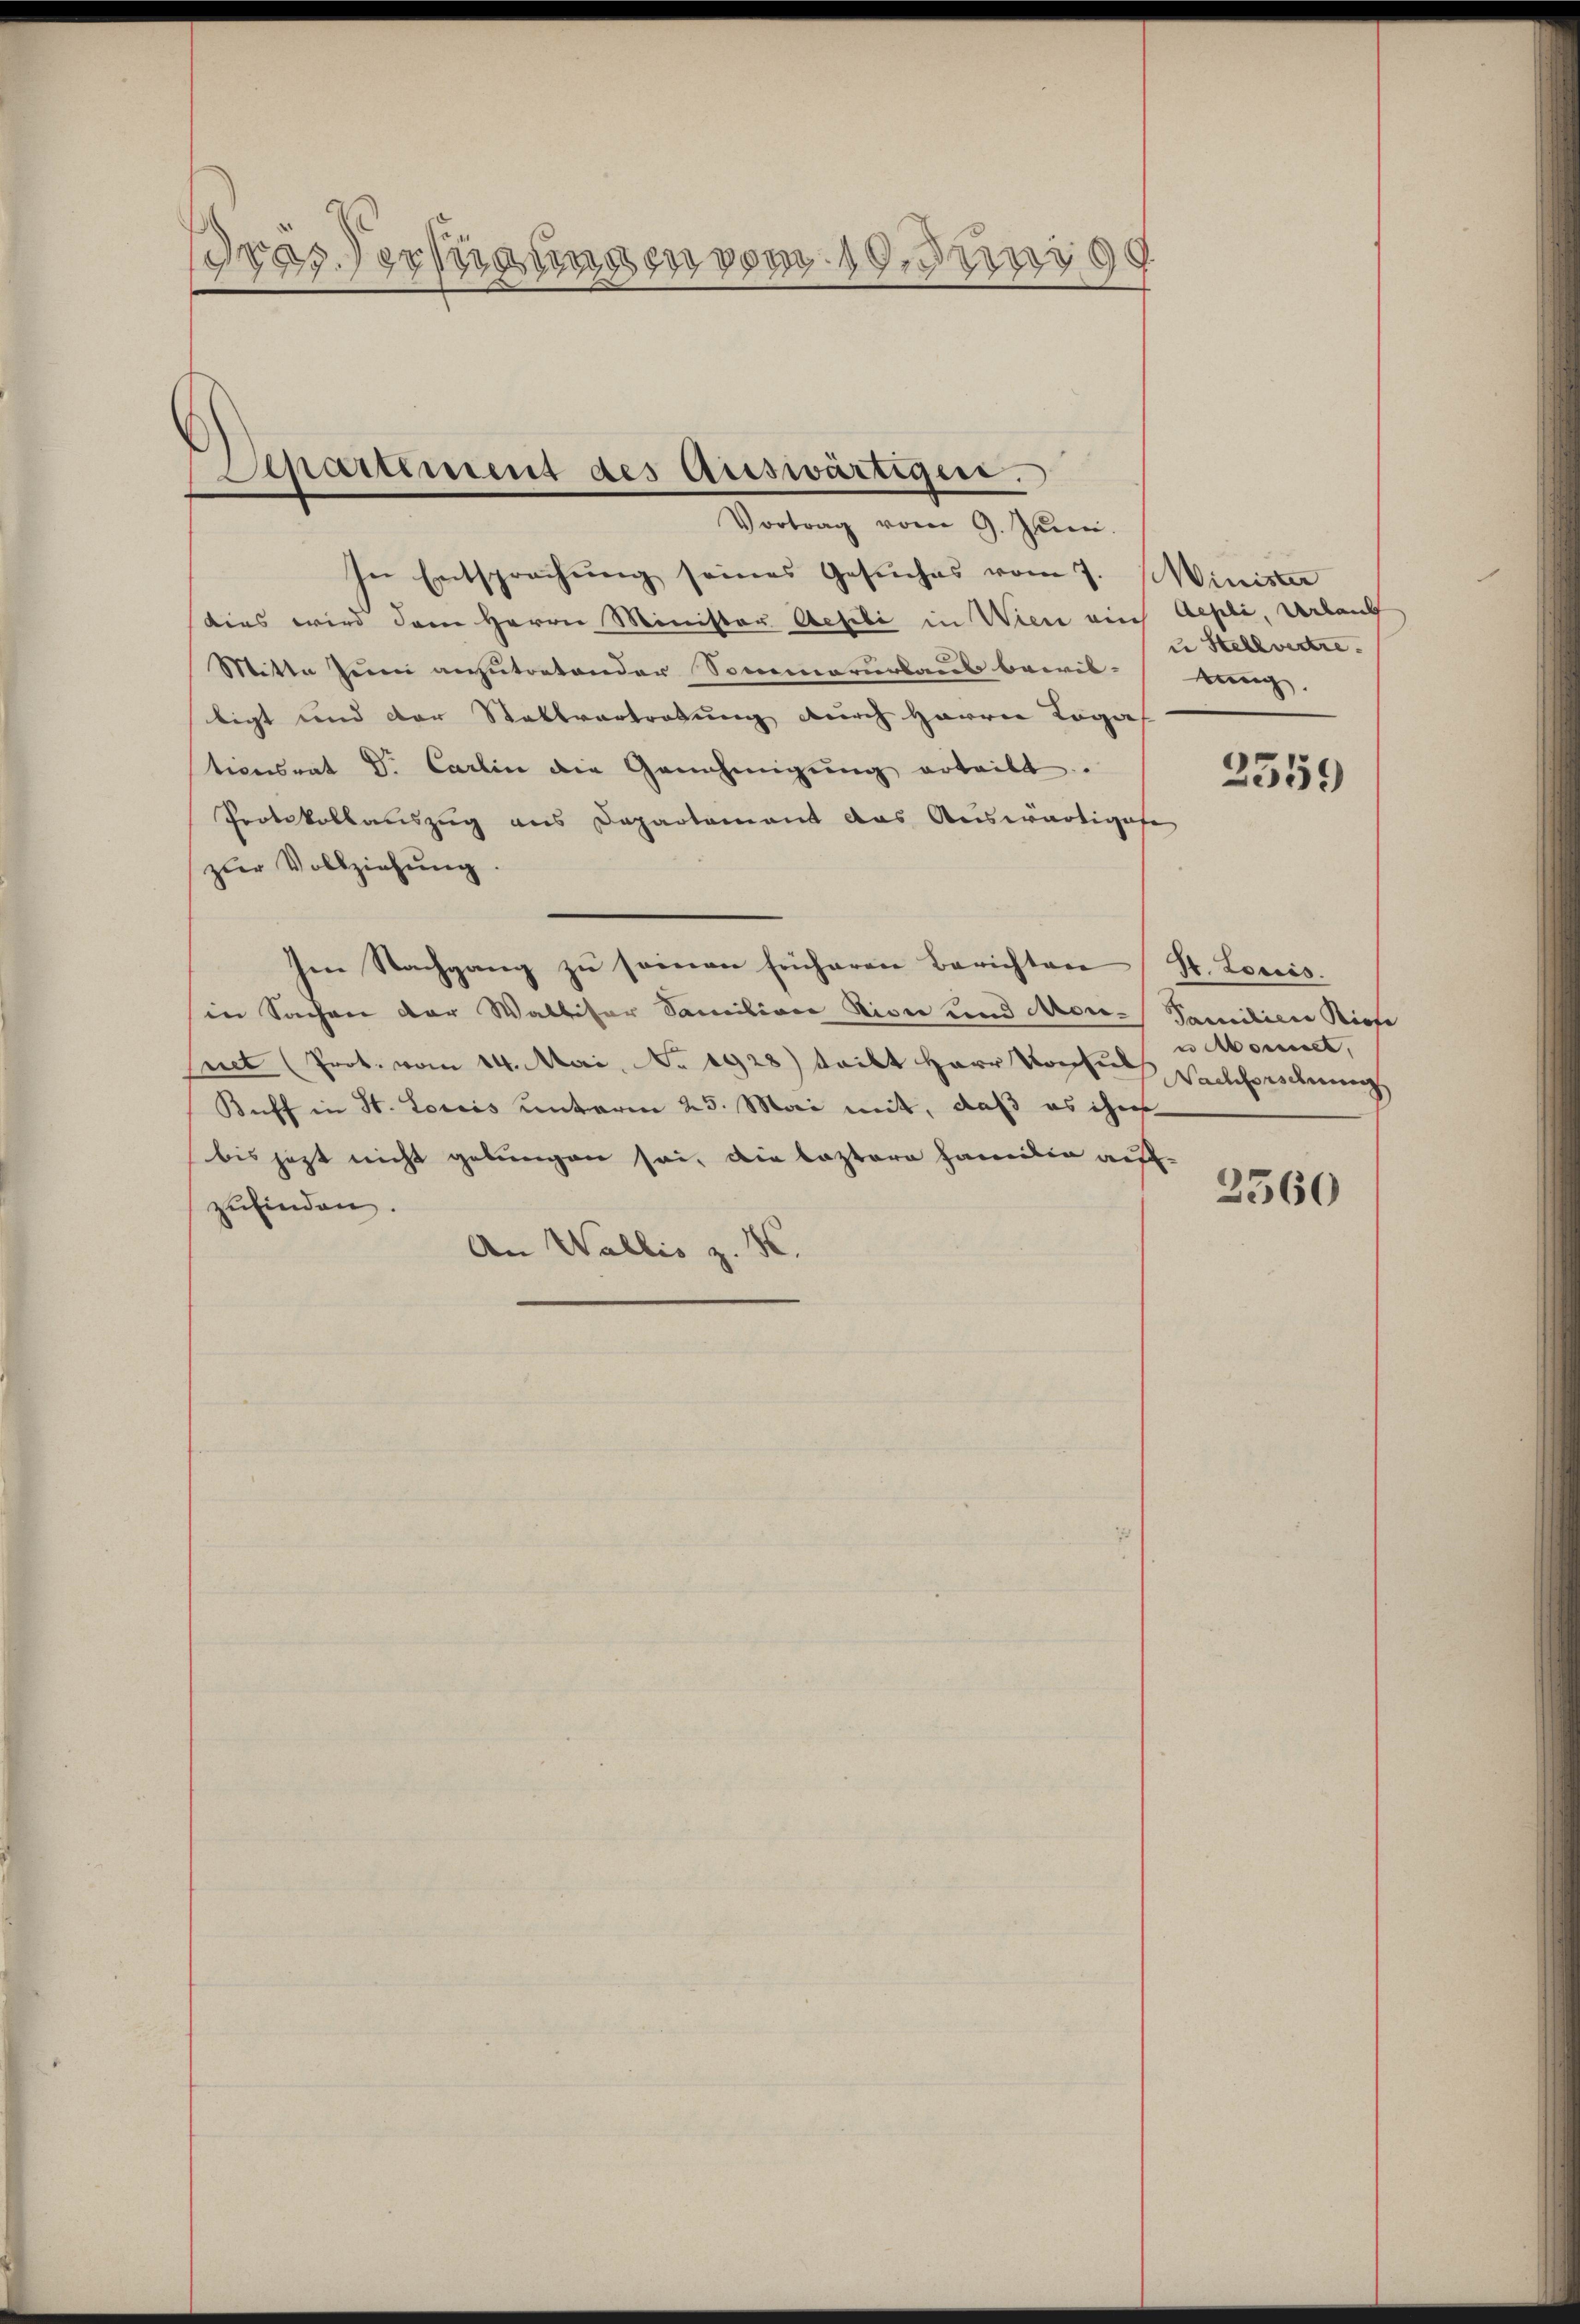
dras Verfügungen vom 19. Juni 99.

Separtiment des Auswärtigen.
Vortrag vom 9. Juni.

In Entsprechung seines Gesuches vom 7. Minister
dies wird dem Herrn Minister Geseli in Wien auch Aepli, Urlaub
Mitte zum anzutretender Sommererbaus bewil-
ligt und der Stattvertretung durch Herren Roga
tionsrat Dr. Carlin die Genehmigŭng erteilt.
Protokollauszug aus Departement das Auswärtigese
zŭr Vollziehŭng.
Im Nachgang zu seien früheren Berichten St. Loriés.
in Sachen der Walliser Samiliare Niver und Monnet (Prot. vom 14. Mai, No. 1928) teilt Herr Koche Sachbordnung
Buff in St. Loriis unterm 25. Mai mit, daß es ihn
bis jezt nicht gebungen sei, die leztere Familie auf-
zufinden.
An Wallis z. B.

u Stellvertre
tung.

2559

Familien Riese
u Mont

2360